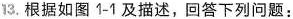
13.根据如图1-1及描述，回答下列问题：